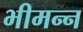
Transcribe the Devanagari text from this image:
भीमन्‍न